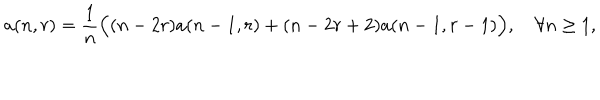
LaTeX: a ( n , r ) = { \frac { 1 } { n } } \Bigl ( ( n - 2 r ) a ( n - 1 , r ) + ( n - 2 r + 2 ) a ( n - 1 , r - 1 ) \Bigr ) , \quad \forall n \geq 1 ,